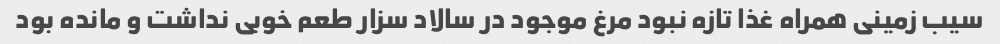
سیب زمینی همراه غذا تازه نبود مرغ موجود در سالاد سزار طعم خوبی نداشت و مانده بود